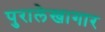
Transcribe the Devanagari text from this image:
पुरालेखागार